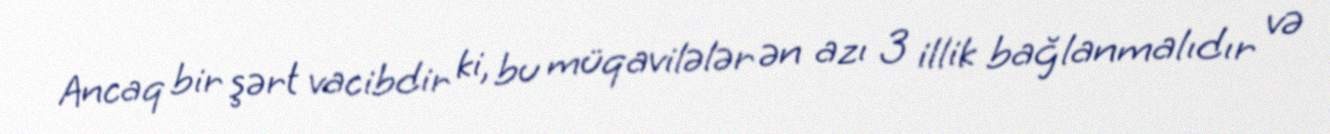
Ancaq bir şərt vacibdir ki, bu müqavilələr ən azı 3 illik bağlanmalıdır və